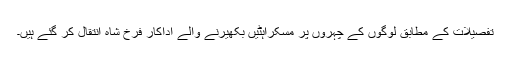
تفصیلات کے مطابق لوگوں کے چہروں پر مسکراہٹیں بکھیرنے والے اداکار فرخ شاہ انتقال کر گئے ہیں۔